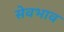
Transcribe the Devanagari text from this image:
सेवभाव